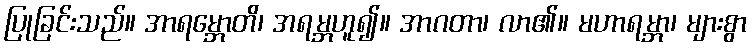
ပြုခြင်းသည်။ အာရမ္ဘောတိ၊ အရမ္ဘဟူ၍။ အာဂတာ၊ လာ၏။ မဟာရမ္ဘာ၊ များစွာ